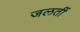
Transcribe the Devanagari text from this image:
जलतीं